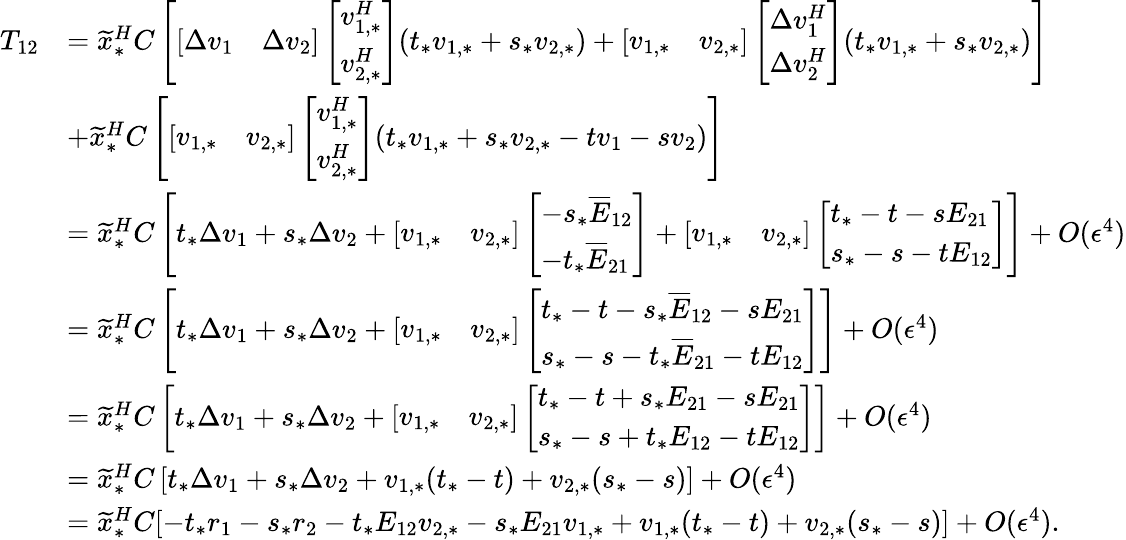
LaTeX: \begin{array}{rl}{T_{12}}&{=\widetilde{x}_{*}^{H}C\left[\left[\begin{array}{ll}{\Delta v_{1}}&{\Delta v_{2}}\end{array}\right]\left[\begin{array}{l}{v_{1,*}^{H}}\\ {v_{2,*}^{H}}\end{array}\right](t_{*}v_{1,*}+s_{*}v_{2,*})+\left[\begin{array}{ll}{v_{1,*}}&{v_{2,*}}\end{array}\right]\left[\begin{array}{l}{\Delta v_{1}^{H}}\\ {\Delta v_{2}^{H}}\end{array}\right](t_{*}v_{1,*}+s_{*}v_{2,*})\right]}\\ &{+\widetilde{x}_{*}^{H}C\left[\left[\begin{array}{ll}{v_{1,*}}&{v_{2,*}}\end{array}\right]\left[\begin{array}{l}{v_{1,*}^{H}}\\ {v_{2,*}^{H}}\end{array}\right](t_{*}v_{1,*}+s_{*}v_{2,*}-tv_{1}-sv_{2})\right]}\\ &{=\widetilde{x}_{*}^{H}C\left[t_{*}\Delta v_{1}+s_{*}\Delta v_{2}+\left[\begin{array}{ll}{v_{1,*}}&{v_{2,*}}\end{array}\right]\left[\begin{array}{l}{-s_{*}\overline{{E}}_{12}}\\ {-t_{*}\overline{{E}}_{21}}\end{array}\right]+\left[\begin{array}{ll}{v_{1,*}}&{v_{2,*}}\end{array}\right]\left[\begin{array}{l}{t_{*}-t-sE_{21}}\\ {s_{*}-s-tE_{12}}\end{array}\right]\right]+O(\epsilon^{4})}\\ &{=\widetilde{x}_{*}^{H}C\left[t_{*}\Delta v_{1}+s_{*}\Delta v_{2}+\left[\begin{array}{ll}{v_{1,*}}&{v_{2,*}}\end{array}\right]\left[\begin{array}{l}{t_{*}-t-s_{*}\overline{{E}}_{12}-sE_{21}}\\ {s_{*}-s-t_{*}\overline{{E}}_{21}-tE_{12}}\end{array}\right]\right]+O(\epsilon^{4})}\\ &{=\widetilde{x}_{*}^{H}C\left[t_{*}\Delta v_{1}+s_{*}\Delta v_{2}+\left[\begin{array}{ll}{v_{1,*}}&{v_{2,*}}\end{array}\right]\left[\begin{array}{l}{t_{*}-t+s_{*}E_{21}-sE_{21}}\\ {s_{*}-s+t_{*}E_{12}-tE_{12}}\end{array}\right]\right]+O(\epsilon^{4})}\\ &{=\widetilde{x}_{*}^{H}C\left[t_{*}\Delta v_{1}+s_{*}\Delta v_{2}+v_{1,*}(t_{*}-t)+v_{2,*}(s_{*}-s)\right]+O(\epsilon^{4})}\\ &{=\widetilde{x}_{*}^{H}C[-t_{*}r_{1}-s_{*}r_{2}-t_{*}E_{12}v_{2,*}-s_{*}E_{21}v_{1,*}+v_{1,*}(t_{*}-t)+v_{2,*}(s_{*}-s)]+O(\epsilon^{4}).}\end{array}